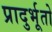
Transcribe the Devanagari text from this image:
प्रादुर्भूतो